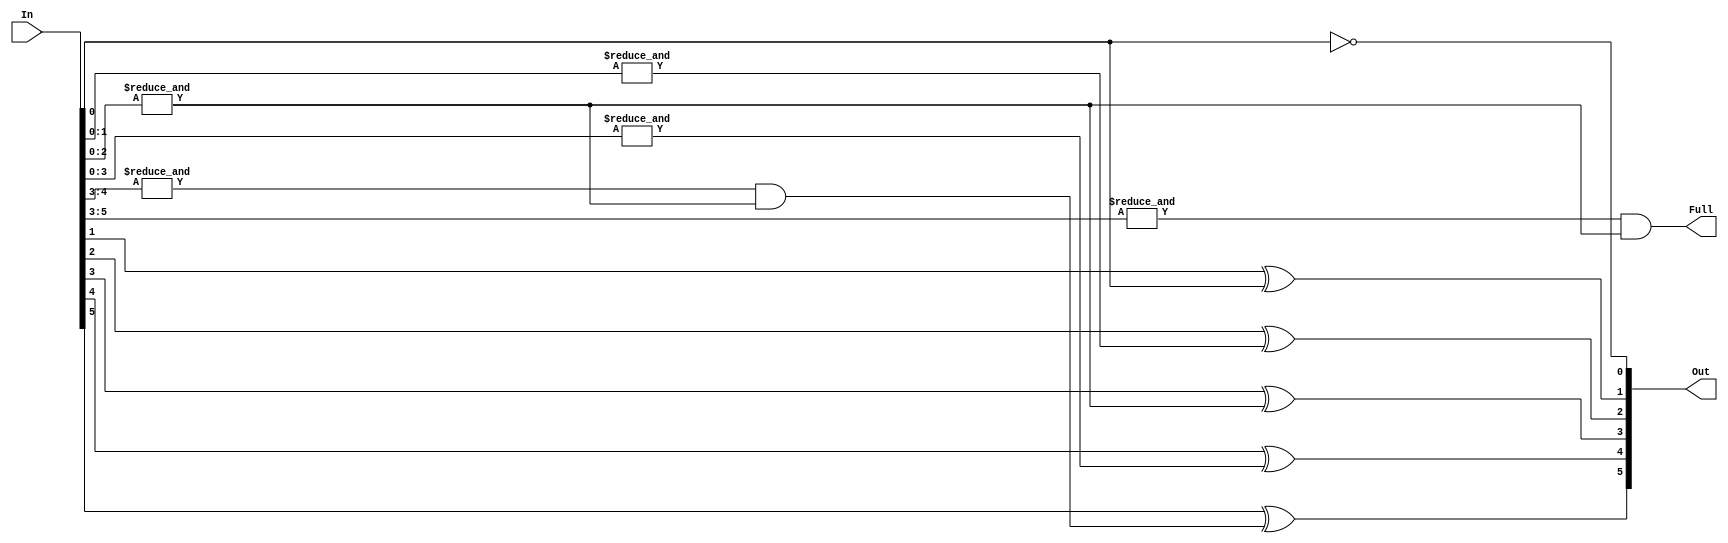
/* 
 * This file contain the definition of the Adder adding a number to one.
 * @date 03/26/2018
 * @author Harry Zhou
 * 
 */

module AddOne(In, Out, Full);
	
	input [5:0] In;
	output [5:0] Out;
	output Full; //Indicate the next equals to 0
	
	assign Out[0] = ~In[0];
	assign Out[1] = In[1]^In[0];
	assign Out[2] = In[2]^(&In[1:0]);
	assign Out[3] = In[3]^(&In[2:0]);
	assign Out[4] = In[4]^(&In[3:0]);
	assign Out[5] = In[5]^((&In[4:3])&(&In[2:0]));
	
	assign Full = (&In[5:3])&(&In[2:0]);
	
endmodule